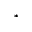
^ { * }